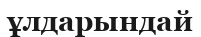
ұлдарындай